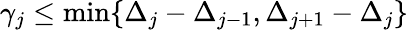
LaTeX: \gamma_{j}\leq\operatorname*{min}\{ \Delta_{j}-\Delta_{j-1},\Delta_{j+1}-\Delta_{j}\}